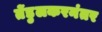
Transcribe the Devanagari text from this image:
तेंडुलकरनंतर